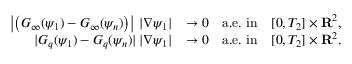
\begin{array} { r l } { \left| \left( G _ { \infty } ( \psi _ { 1 } ) - G _ { \infty } ( \psi _ { n } ) \right) \right| \, | \nabla \psi _ { 1 } | } & { \rightarrow 0 \quad \mathrm { a . e . ~ i n } \quad [ 0 , T _ { 2 } ] \times { \mathbf R } ^ { 2 } , } \\ { | G _ { q } ( \psi _ { 1 } ) - G _ { q } ( \psi _ { n } ) | \, | \nabla \psi _ { 1 } | } & { \rightarrow 0 \quad \mathrm { a . e . ~ i n } \quad [ 0 , T _ { 2 } ] \times { \mathbf R } ^ { 2 } . } \end{array}